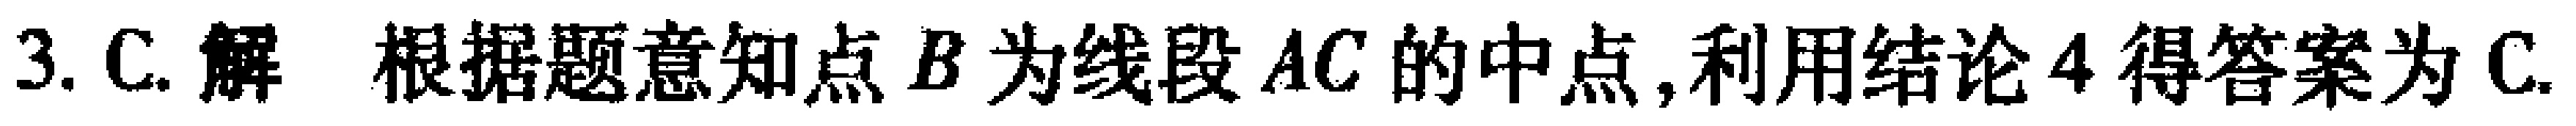
3. C. 解 根据题意知点 \(B\) 为线段 \(AC\) 的中点,利用结论 \(4\) 得答案为 C.